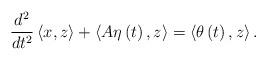
LaTeX: \begin{align*}\frac{d^{2}}{dt^{2}}\left\langle x,z\right\rangle +\left\langle A\eta \left(t\right) ,z\right\rangle =\left\langle \theta \left( t\right),z\right\rangle . \end{align*}